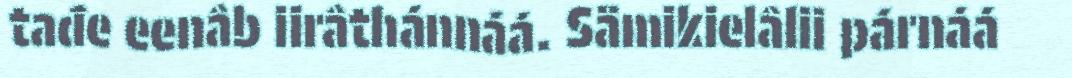
tađe eenâb iirâthánnáá. Sämikielâlii párnáá